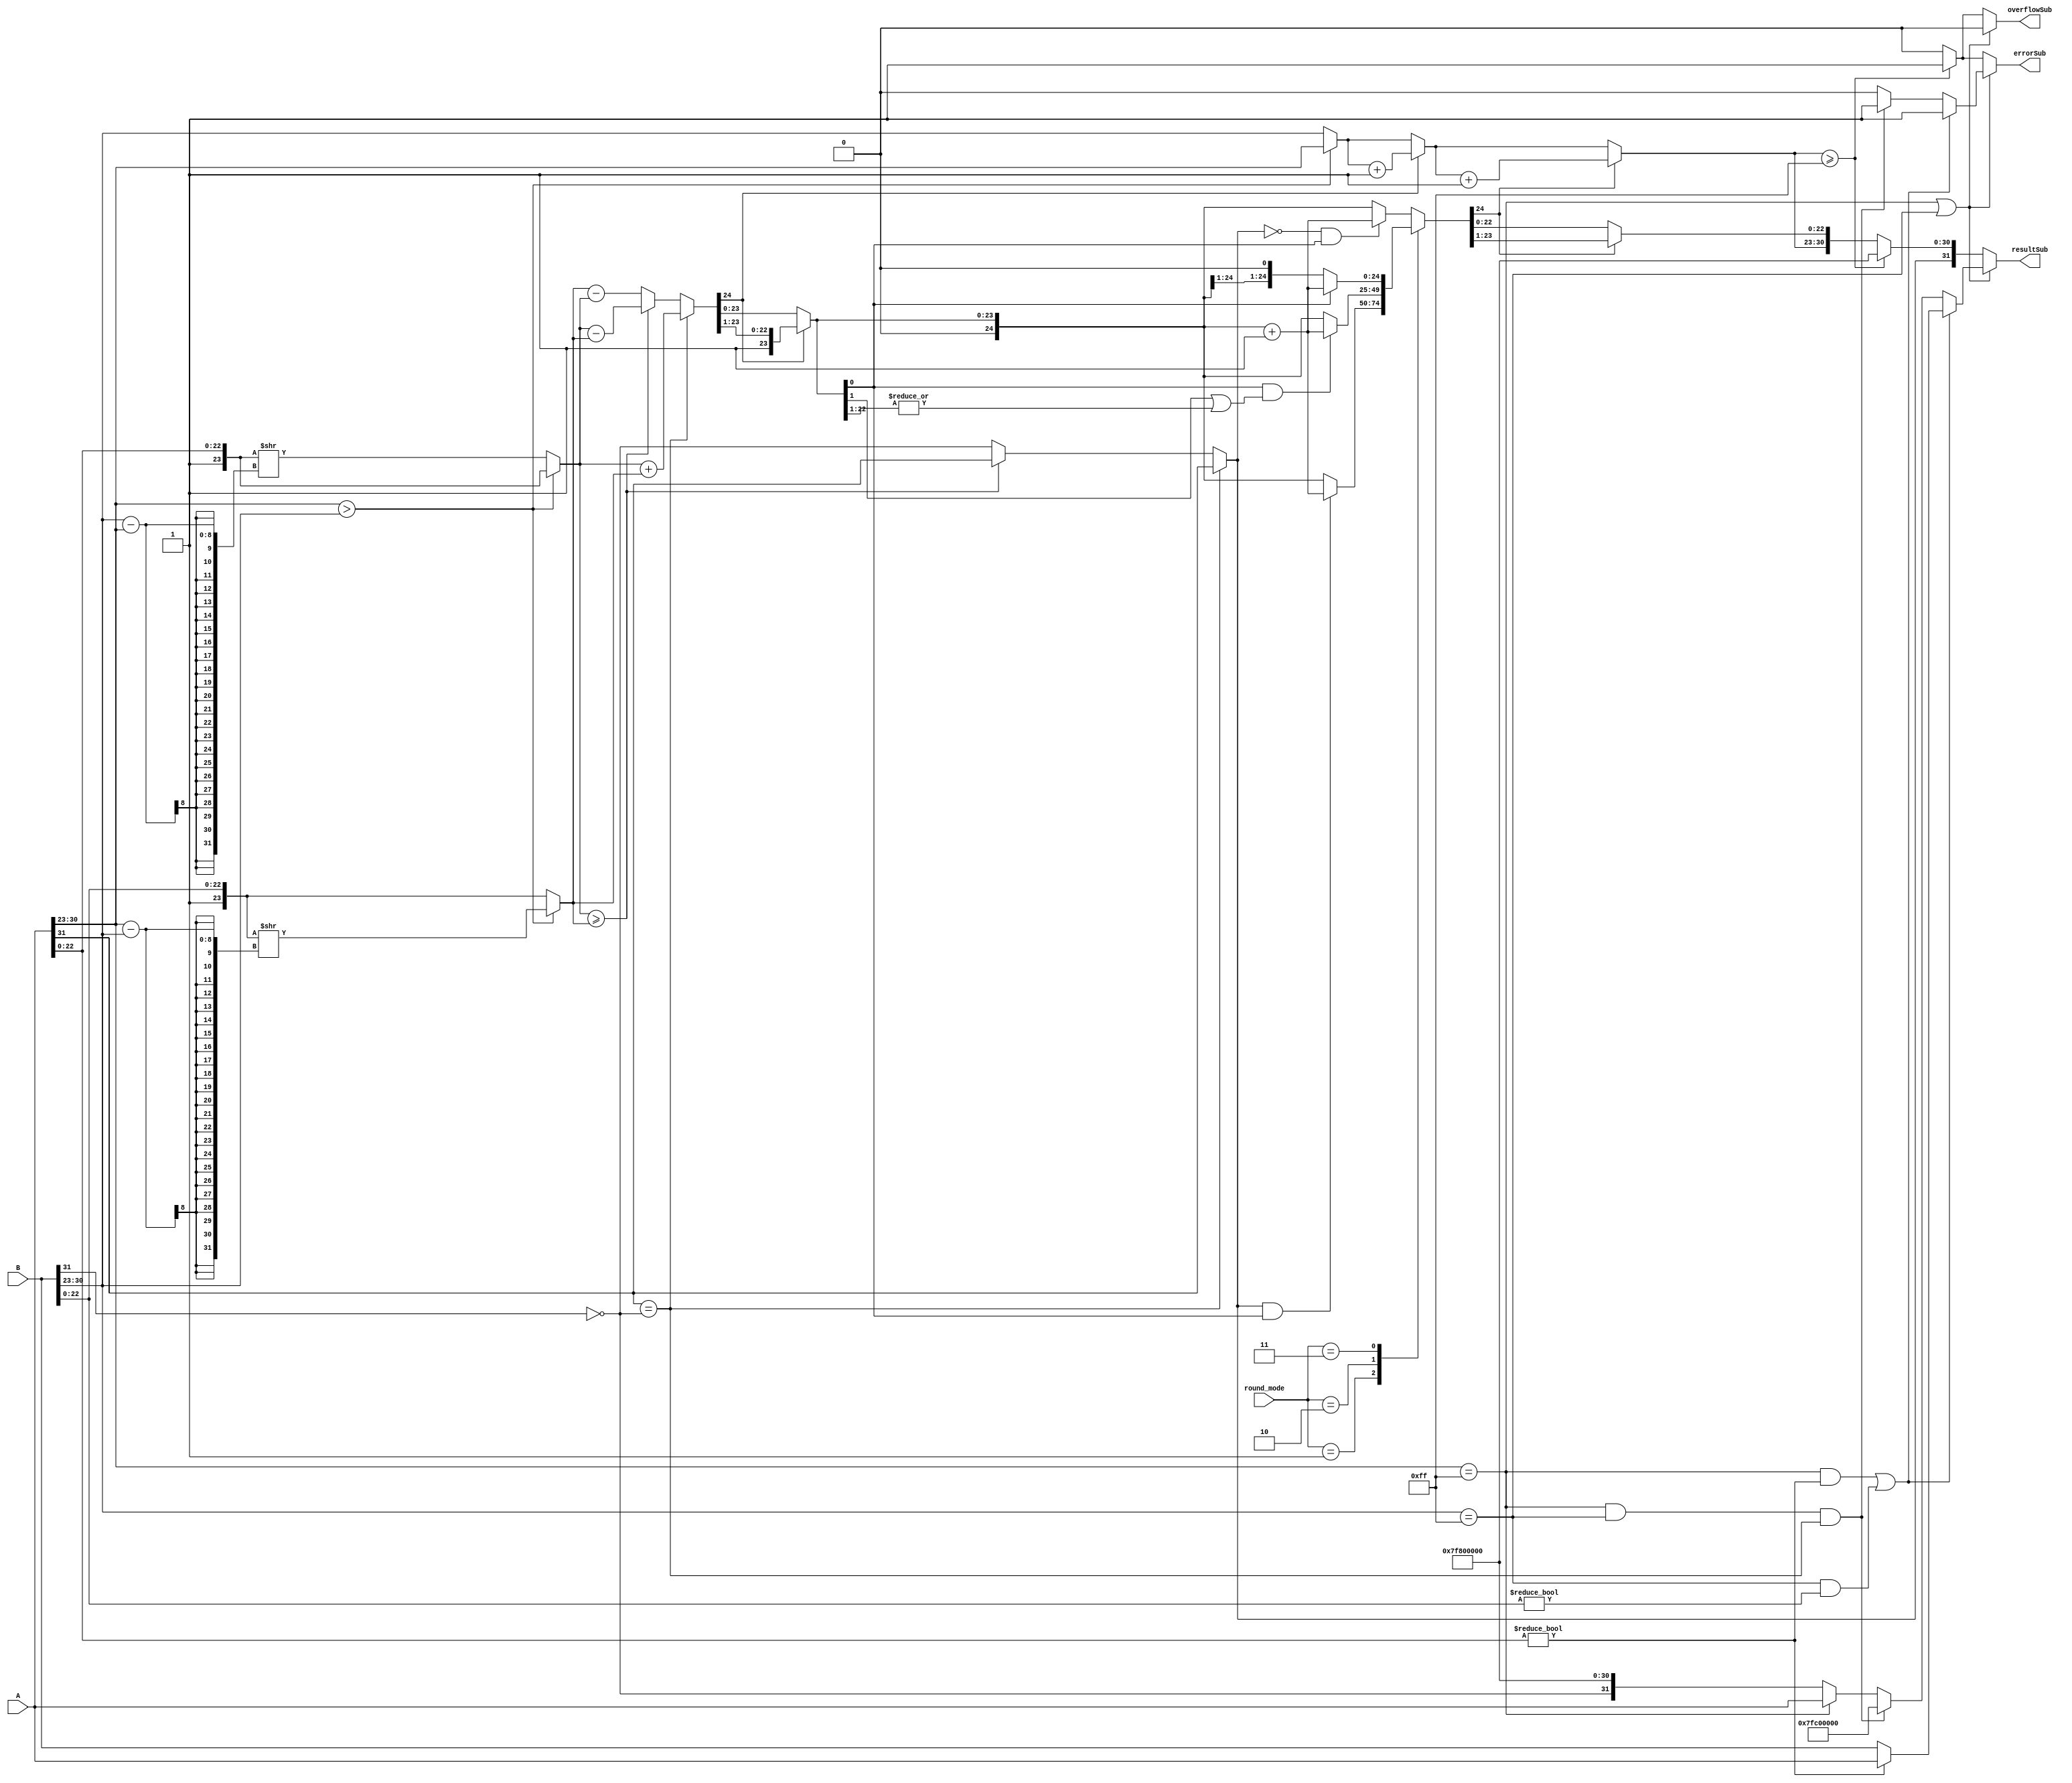
module Subtractor(
    input [31:0] A,
    input [31:0] B,
    input [1:0] round_mode,
    output reg errorSub,
    output reg overflowSub,
    output reg [31:0] resultSub
);

    reg S1, S2, S_result;
    reg [7:0] E1, E2, E_result;
    reg [22:0] F1, F2;
    reg [23:0] M1, M2;
    reg [24:0] M_diff; // 25-bit mantissa result (includes overflow handling)
    reg borrow; // borrow from the subtraction
    integer shift;

    always @ (*) begin
        // Decode input signals
        S1 = A[31];
        S2 = B[31] ^ 1'b1; // Invert B's sign bit for subtraction
        E1 = A[30:23];
        E2 = B[30:23];
        F1 = A[22:0];
        F2 = B[22:0];

        // Handle special cases for NaN or Infinite inputs
        if ((E1 == 8'hFF) || (E2 == 8'hFF)) begin // Check for NaN or Infinity in inputs
            if ((E1 == 8'hFF && F1 != 0) || (E2 == 8'hFF && F2 != 0)) begin
                resultSub = (F1 != 0) ? A : B; // Propagate NaN
                errorSub = 1;
                overflowSub = 0;
            end else if (E1 == 8'hFF && E2 == 8'hFF && S1 == S2) begin
                resultSub = {1'b0, 8'hFF, 23'h400000}; // Result is NaN if infinities with same sign
                errorSub = 1;
                overflowSub = 0;
            end else if (E1 == 8'hFF) begin
                resultSub = A; // Propagate infinity from A
                errorSub = 0;
                overflowSub = 0;
            end else begin
                resultSub = {S2, 8'hFF, 23'h0}; // Propagate infinity from B (with sign inverted)
                errorSub = 0;
                overflowSub = 0;
            end
        end else begin
            // Compute mantissas with implicit leading one
            M1 = {1'b1, F1};
            M2 = {1'b1, F2};

            // Align mantissas based on exponent difference
            if (E1 > E2) begin
                shift = E1 - E2;
                M2 = M2 >> shift;
                E_result = E1;
            end else begin
                shift = E2 - E1;
                M1 = M1 >> shift;
                E_result = E2;
            end

            // Perform subtraction of mantissas
            if (S1 == S2) begin
                {borrow, M_diff} = M1 + M2; // Add mantissas if signs are same (because sign of B is inverted)
                S_result = S1;
            end else begin
                if (M1 >= M2) begin
                    M_diff = M1 - M2;
                    S_result = S1;
                end else begin
                    M_diff = M2 - M1;
                    S_result = S2;
                end
            end

            // Normalize and handle rounding
            if (M_diff[24]) begin
                M_diff = M_diff >> 1;
                E_result = E_result + 1;
            end

            // Rounding logic based on rounding mode
            case (round_mode)
                2'b00: if (S_result == 0 && M_diff[0]) M_diff = M_diff + 1;
                2'b01: if (S_result == 1 && M_diff[0]) M_diff = M_diff + 1;
                2'b10: if (M_diff[0] && (M_diff[1] || |M_diff[22:1])) M_diff = M_diff + 1;
                2'b11: if (M_diff[0]) M_diff = M_diff + 1;
            endcase

            // Final normalization
            if (M_diff[24]) begin
                M_diff = M_diff >> 1;
                E_result = E_result + 1;
            end

            // Final overflow and error handling
            if (E_result >= 255) begin
                resultSub = {S_result, 8'hFF, 23'h0}; // Set to max value on overflow
                overflowSub = 1;
                errorSub = 1;
            end else begin
                resultSub = {S_result, E_result[7:0], M_diff[22:0]};
                overflowSub = 0;
                errorSub = 0;
            end
        end
    end
endmodule